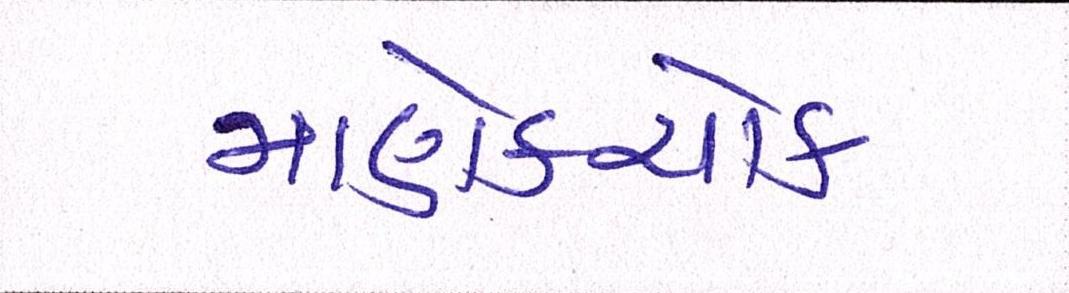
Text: માણેકચોક